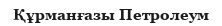
Құрманғазы Петролеум